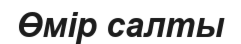
Өмір салты